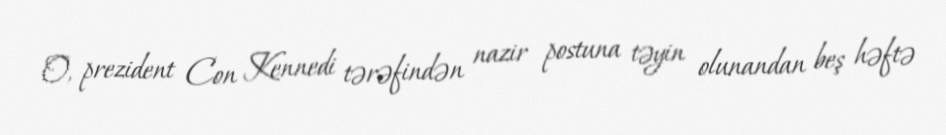
O, prezident Con Kennedi tərəfindən nazir postuna təyin olunandan beş həftə